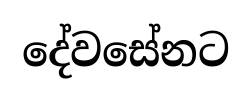
දේවසේනට